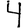
Digit: 4